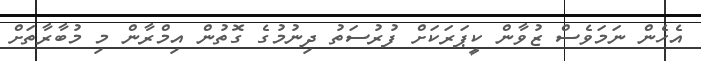
އެހެން ނަމަވެސް ޒުވާން ކީޕަރަކަށް ފުރުސަތު ދިނުމުގެ ގޮތުން އިމްރާން މި މުބާރާތަށް